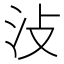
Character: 𣲏